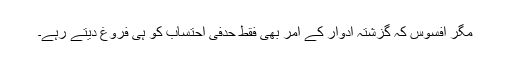
مگر افسوس کہ گزشتہ ادوار کے آمر بھی فقط حدفی احتساب کو ہی فروغ دیتے رہے۔